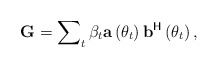
\begin{align*}\mathbf{G}=\sum\nolimits_{t}\beta_t{\mathbf{a}}\left(\theta_t\right){\mathbf{b}}^{\mathsf{H}}\left(\theta_t\right),\end{align*}